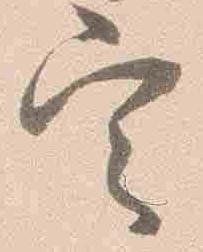
定